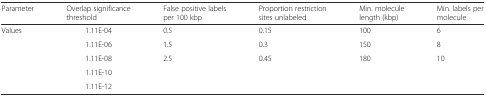
| Parameter | Overlap significance threshold | False positive labels per 100 kbp | Proportion restriction sites unlabeled | Min. molecule length (kbp) | Min. labels per molecule |
 | --- | --- | --- | --- | --- | --- |
 | Values | 1.11E-04 | 0.5 | 0.15 | 100 | 6 |
 |  | 1.11E-06 | 1.5 | 0.3 | 150 | 8 |
 |  | 1.11E-08 | 2.5 | 0.45 | 180 | 10 |
 |  | 1.11E-10 |  |  |  |  |
 |  | 1.11E-12 |  |  |  |  |